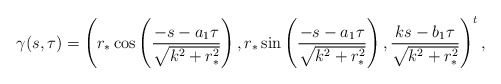
\begin{align*}\gamma(s,\tau)=\left( r_*\cos\left( \frac{-s-a_1\tau}{\sqrt{k^2+r_*^2}}\right), r_*\sin\left( \frac{-s-a_1\tau}{\sqrt{k^2+r_*^2}}\right), \frac{ks-b_1\tau}{\sqrt{k^2+r_*^2}}\right)^t,\end{align*}